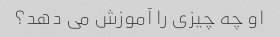
او چه چیزی را آموزش می دهد؟